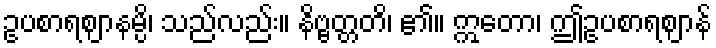
ဥပစာရဈာနမ္ပိ၊ သည်လည်း။ နိဗ္ဗတ္တတိ၊ ၏။ ဣတော၊ ဤဥပစာရဈာန်